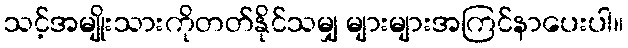
သင့်အမျိုးသားကိုတတ်နိုင်သမျှ များများအကြင်နာပေးပါ။